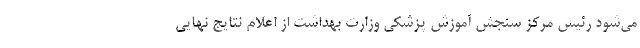
می‌شود رئیس مرکز سنجش آموزش پزشکی وزارت بهداشت از اعلام نتایج نهایی